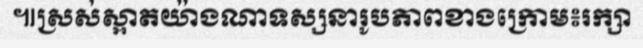
៕ស្រស់ស្អាតយ៉ាងណាទស្សនារូបភាពខាងក្រោម៖រក្សា